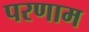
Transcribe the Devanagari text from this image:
परणाम